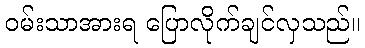
ဝမ်းသာအားရ ပြောလိုက်ချင်လှသည်။